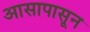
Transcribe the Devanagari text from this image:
आसापासून